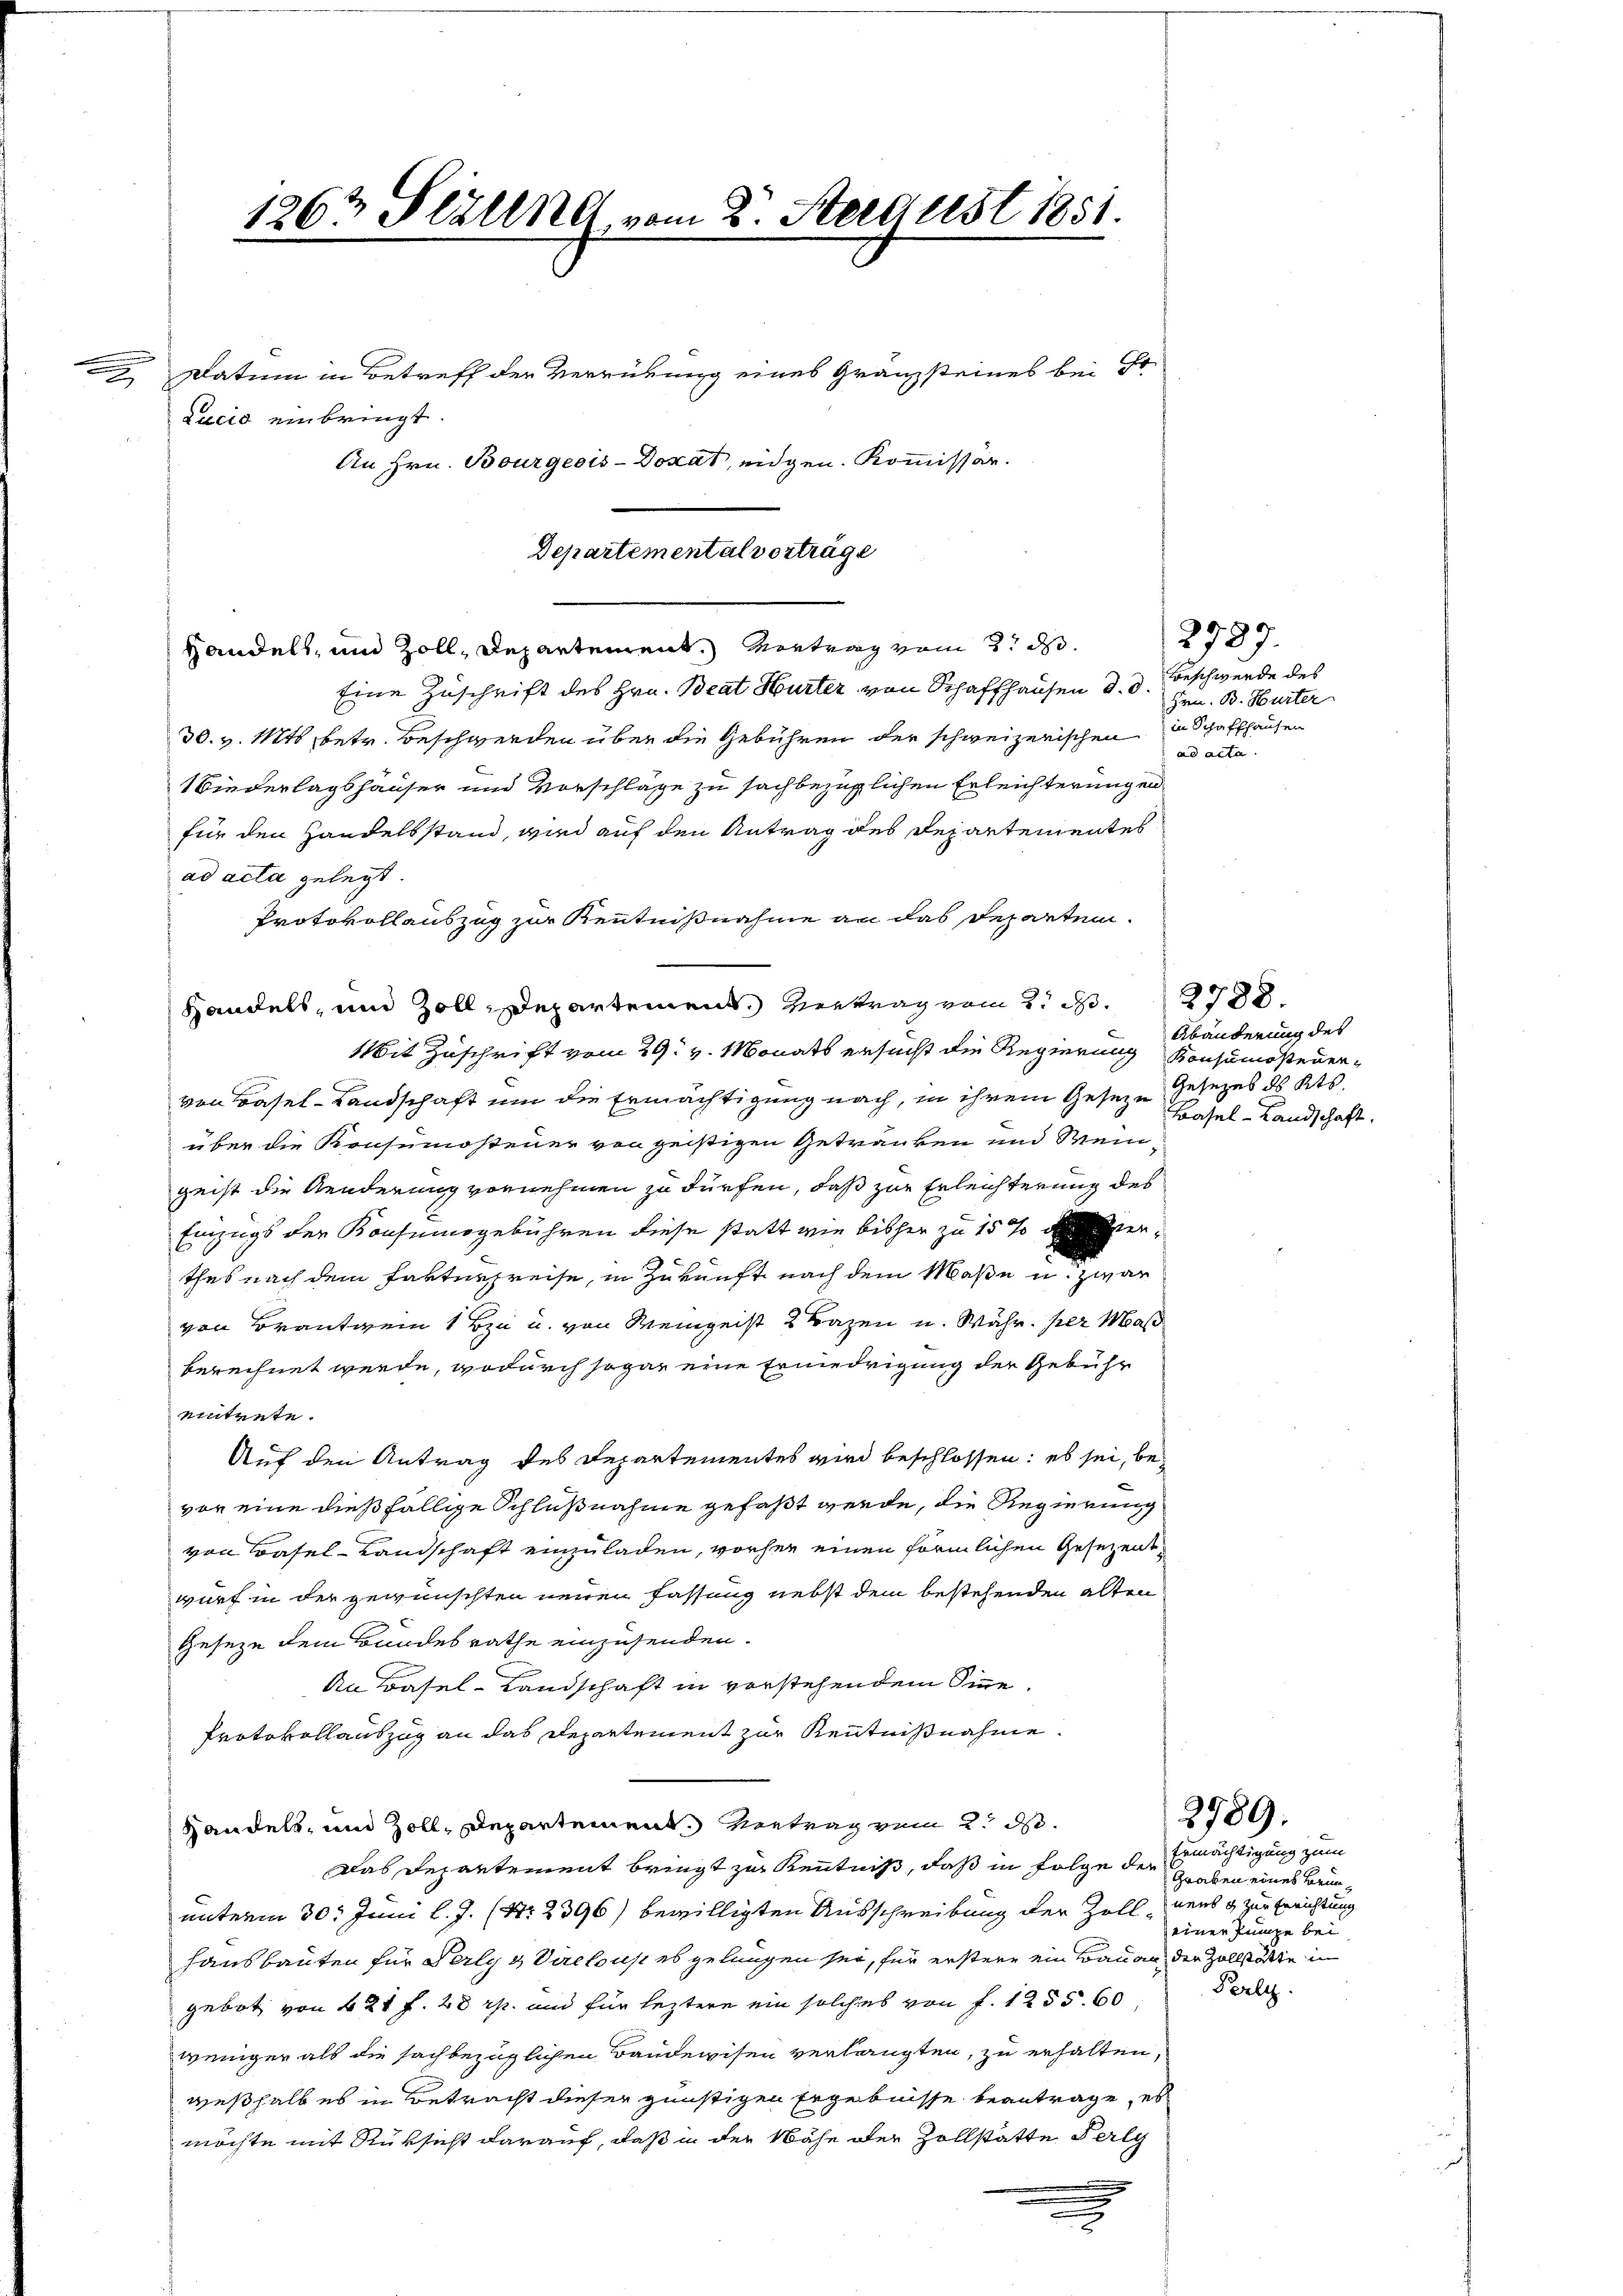
Datum in Betreff der Verrübung eines Gränzsteines bei Er
Eine Zuschrift des Hrn. Beat Hurter von Schaffhausen d. d. Beschwerde des
30. v. Mts., betr. Beschwerden über die Gebühren der schweizerischen in Schaffhausen
Wiederlagshauser und Vorschläge zu sachbezüglichen Erleichterungen
für den Handelsstand, wird auf den Antrag des Departementes
ad acta gelegt.
Protokollauszug zur Kenntnißnahme an das Reparten.
Mit Zuschrift vom 29. v. Monats ersucht die Regierung Konsumsteuervon Basel-Landschaft um die Ermächtigung nach, in ihrem Geseze Gesezes des Kts.
über die Konsumosteuer von geistigen Getränken und Weingeist die Aenderung vornehmen zu dürfen, daß zur Erleichterung des
Einzugs der Konsumsgebühren diese statt wie bisher zu 15 % derthes nach dem Farterpreise, in Zukunft nach dem Maße u. zwar
von Brautwein 1 Bza u. von Weingeist 2 Fragen u. Währ. per Maß
berechnet wurde, wodurch sogar eine Erniedrigung der Gebühr
eintrete.
Auf den Antrag des Departementes wird beschlossen: es sei, bevor eine dießfällige Schlußnahme gefaßt werde, die Regierung
von Basel-Landschaft einzuladen, vorher einen förmlichen Gesezen
wurf in der gewünschten neuen Fassung nebst dem bestehenden alten
Geseze dem Bundesrathe einzusenden.
An Basel-Landschaft in vorstehendem Sinne¬
Protokollauszug an das Departement zur Kenntnißnahme
Handels, und Zoll, Departement. Vertrag vom 2. ds.
Das Departement bringt zur Kenntniß, daß in Folge der Ermächtigung zum
unterm 30. Juni l. J. (Nr. 2396) bewilligten Ausschreibung der Zollhausbauten für Perly & Virelouse es gelangen sei, für erstere ein Bauan, der Zollstatte in
gebot von 421 f. 20 rp. und für leztere ein solches von f. 1255. 600
weniger als die sachbezüglichen Baudewisen verlangten, zu erhalten,
weßhalb es in Betracht dieser günstigen Ergebnisse beantrage, es
möchte mit Rüksicht darauf, daß in der Nähe der Zollstätte Perlg
.
e

1263 Stillet vom 2. Steegust 1851.

Lucia einbringt.

An Hrn. Bourgeois-Dokat, eidgen. Kommissär.

Departemental vorträge
Handels, und Zoll, Departement. Vortrag vom 2. d.

Handels, und Zoll, Departement. Vertrag vom 2. d. 2788.

2727.
Hrn. B. Hurter
ad acta.

Abänderung des
Basel-Landschaft.

Graben eines Beinnens & zur Errichtung
einer Pumpe bei

2989.